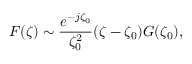
F ( \zeta ) \sim \frac { e ^ { - j \zeta _ { 0 } } } { \zeta _ { 0 } ^ { 2 } } ( \zeta - \zeta _ { 0 } ) G ( \zeta _ { 0 } ) ,